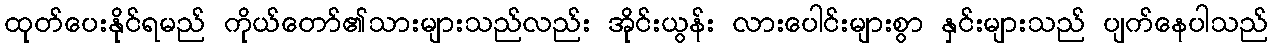
ထုတ်ပေးနိုင်ရမည် ကိုယ်တော်၏သားများသည်လည်း အိုင်းယွန်း လားပေါင်းများစွာ နှင်းများသည် ပျက်နေပါသည်